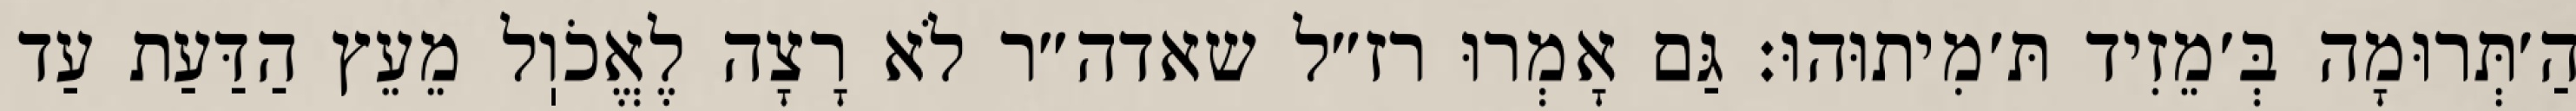
הַ׳תְּרוּמָה בְּ׳מֵזִיד תּ׳מִיתוּהוּ: גַּם אָמְרוּ רז״ל שאדה״ר לֹא רָצָה לֶאֱכֹוֽל מֵעֵץ הַדַּעַת עַד